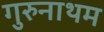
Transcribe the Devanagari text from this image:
गुरुनाथम